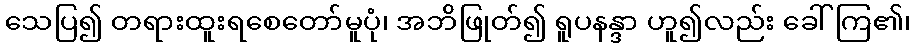
သေပြ၍ တရားထူးရစေတော်မူပုံ၊ အဘိဖြုတ်၍ ရူပနန္ဒာ ဟူ၍လည်း ခေါ်ကြ၏၊